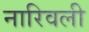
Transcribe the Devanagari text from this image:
नारिवली